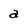
Character: a